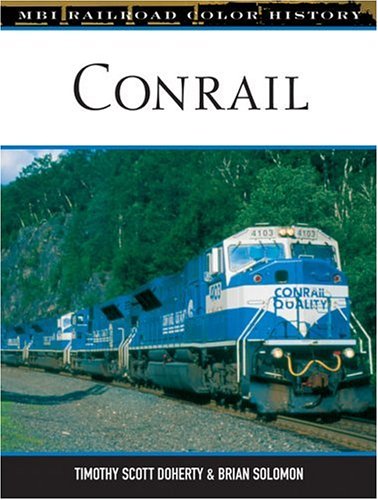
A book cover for Conrail (Railroad Color History); Tim Doherty; Arts & Photography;